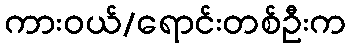
ကားဝယ်/ရောင်းတစ်ဦးက